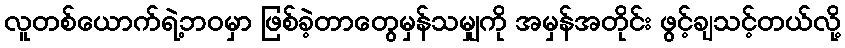
လူတစ်ယောက်ရဲ့ဘဝမှာ ဖြစ်ခဲ့တာတွေမှန်သမျှကို အမှန်အတိုင်း ဖွင့်ချသင့်တယ်လို့